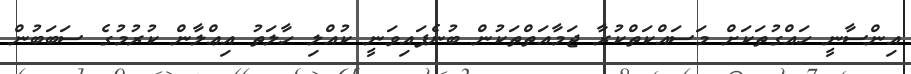
އިންސާނީ ހައްގުތަކަށް މަސައްކަތްކުރާ ޖަމާއަތްތަކުން ބުނެފައިވަނީ ކުއްލި ހާލަތު އިޢްލާން ކުރުމުގެ ސަބަބުން